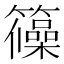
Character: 𮆺